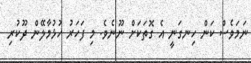
ނަމަވެސް ކަން ހިނގަނީ އެ ގޮތަކަށް ނޫނެވެ. މި ފަހަރު ހުޅުމާލޭން ދޫކުރި